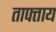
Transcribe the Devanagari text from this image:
ताफ्ताय